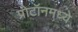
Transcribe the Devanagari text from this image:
प्रोटॉनमध्ये